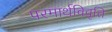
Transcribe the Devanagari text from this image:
परमार्थविवृति